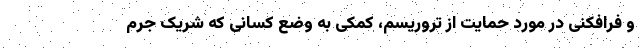
و فرافکنی در مورد حمایت از تروریسم، کمکی به وضع کسانی که شریک جرم